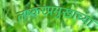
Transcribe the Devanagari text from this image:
लष्करप्रमुखाच्या